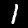
Label: 1